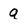
Character: q